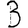
Digit: 3